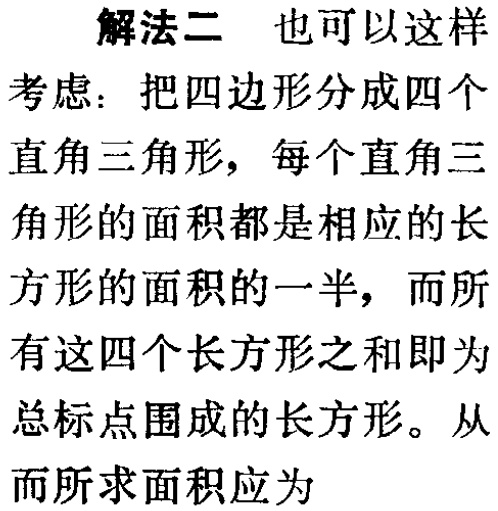
解法二 也可以这样

考虑：把四边形分成四个

直角三角形，每个直角三

角形的面积都是相应的长

方形的面积的一半，而所

有这四个长方形之和即为

总标点围成的长方形。从

而所求面积应为